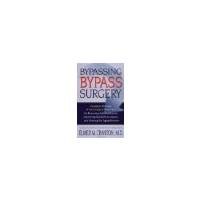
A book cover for Bypassing Bypass Surgery Chelation Therapy A Non surgical Treatment for Reversing Arteriosclerosis, Improving Blocked Circulation, and Slowing the Aging Process by Cranton, Elmer M. [Hampton Roads Pub Co,2001] (Paperback); Health, Fitness & Dieting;